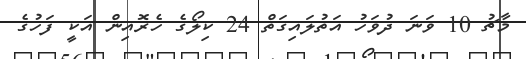
މާޗު 10 ވަނަ ދުވަހު އަތުލައިގަތް 24 ކިލޯގެ ހެރޮއިން އަކީ ފަހުގެ